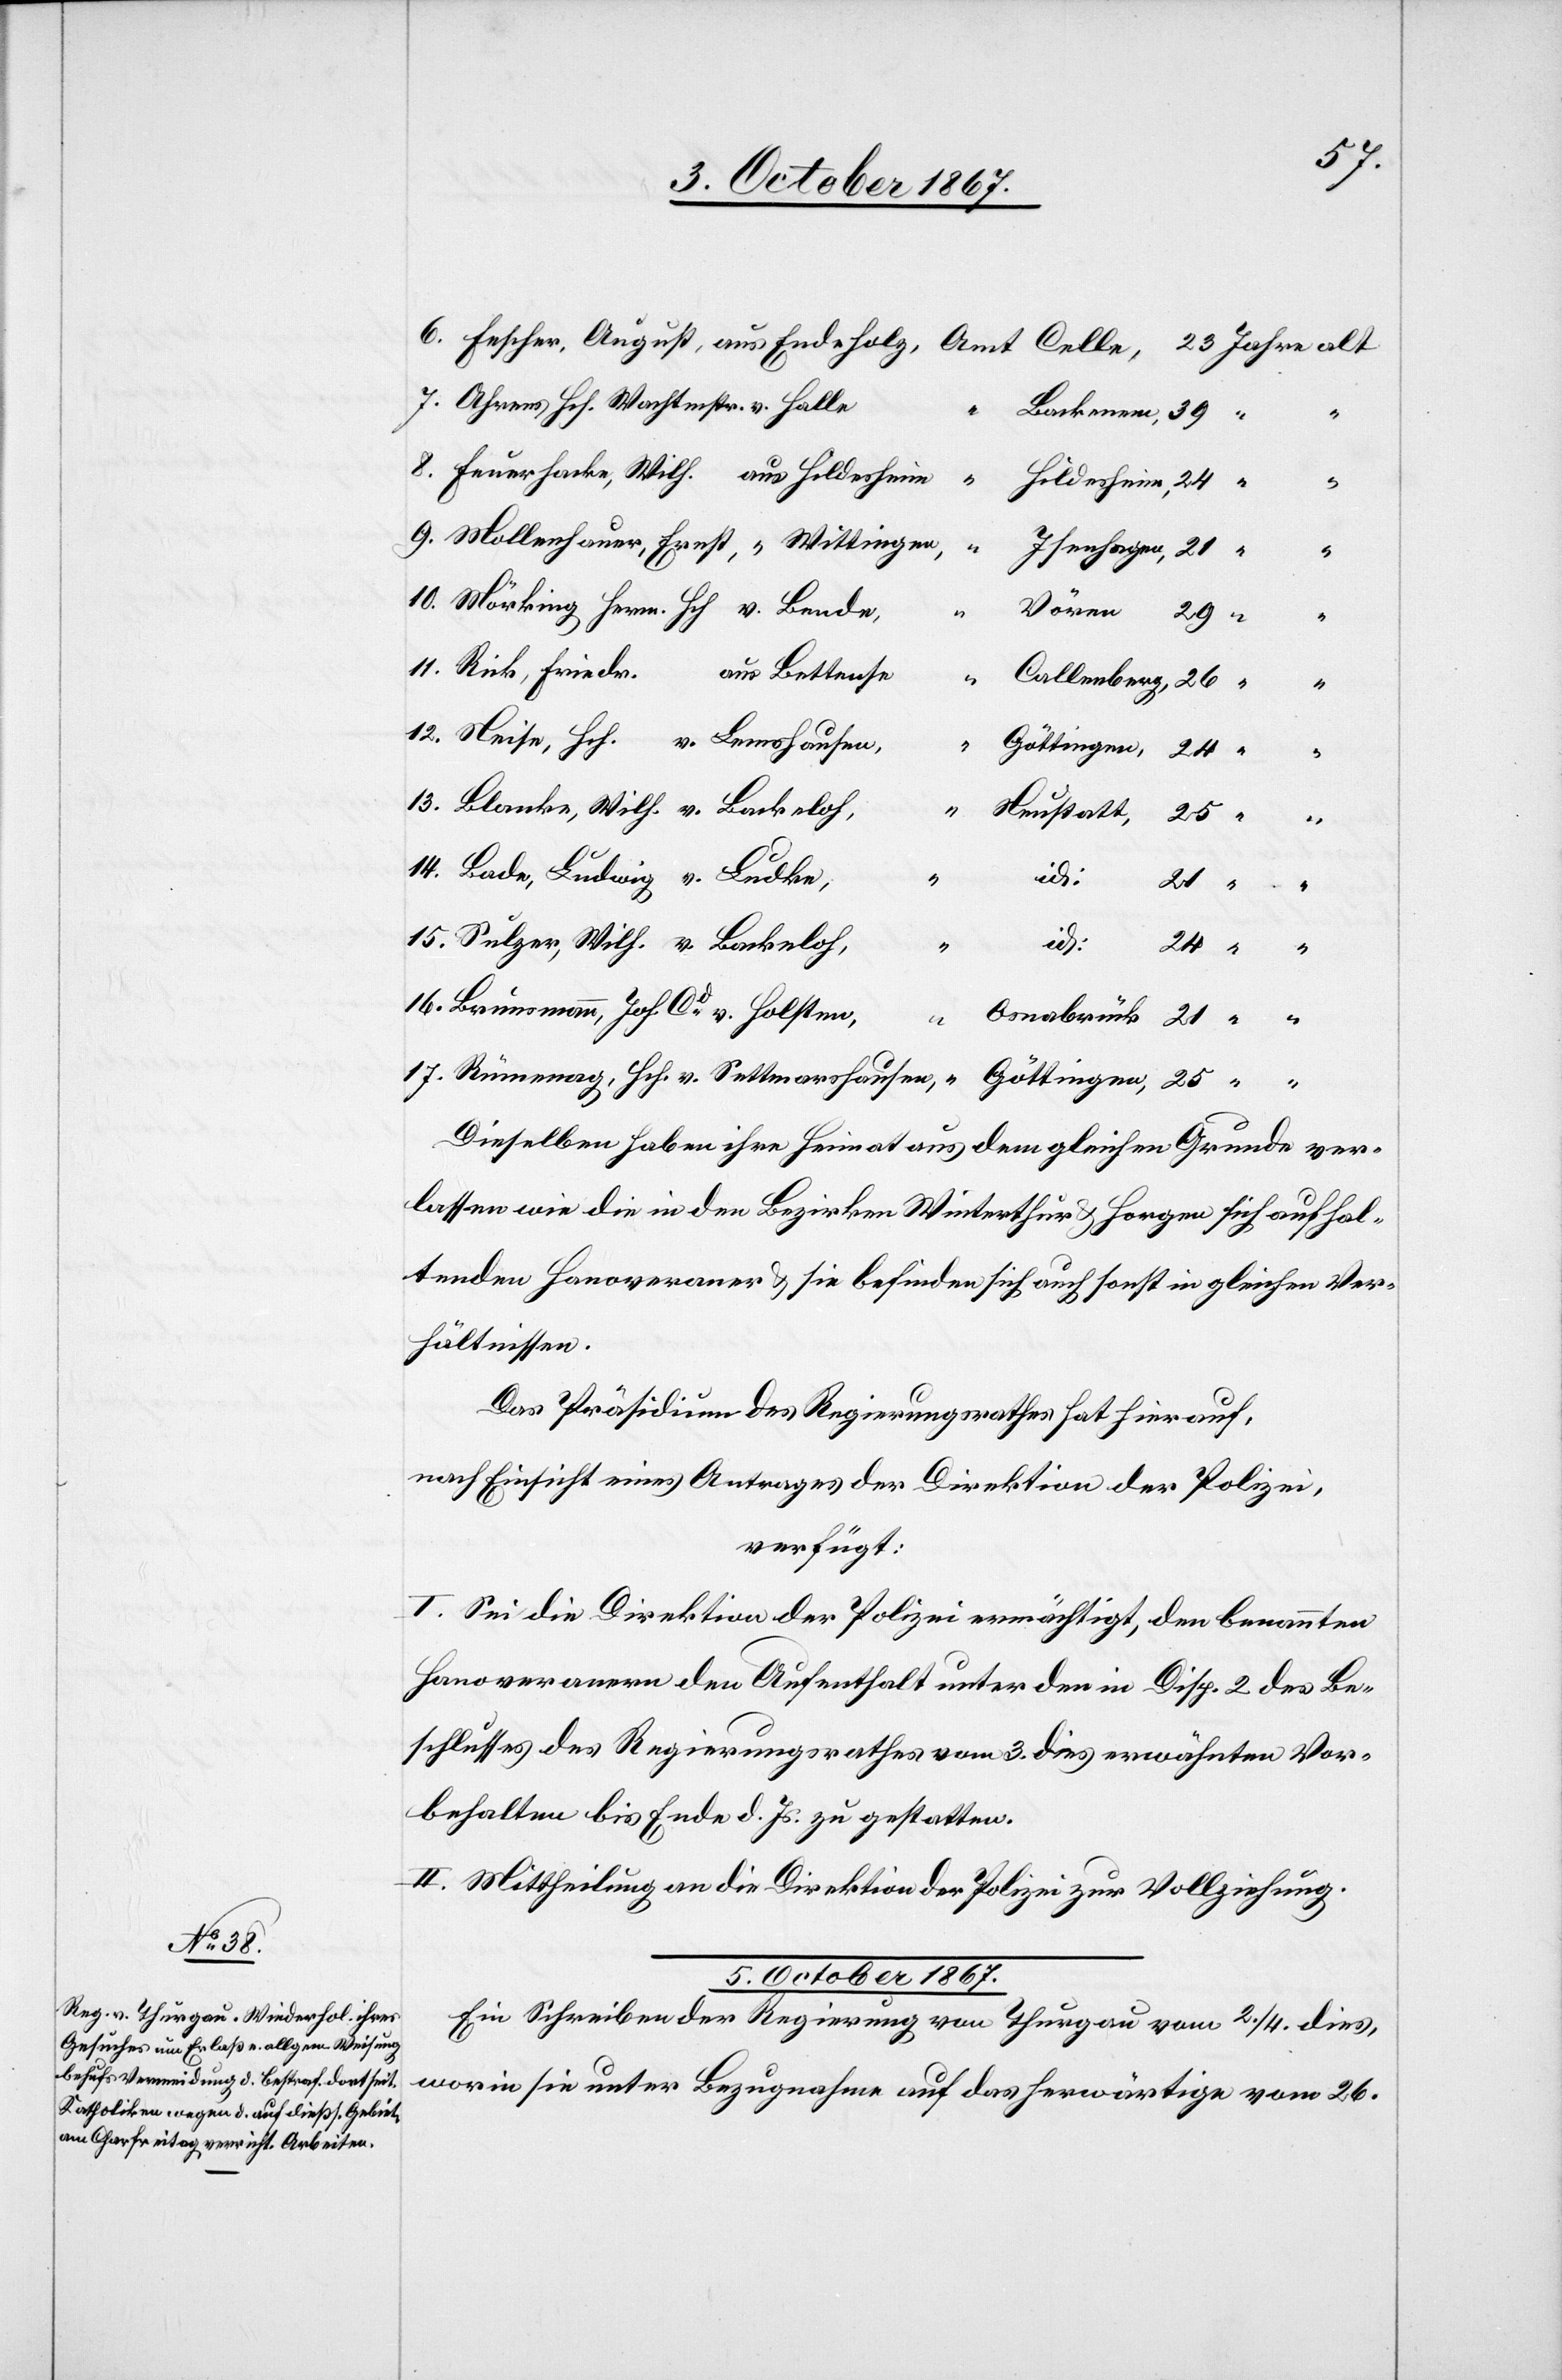
v.
24
25
17.
Dieselben haben ihre Heimat aus dem gleichen Grunde ver¬
lassen wie die in den Bezirken Winterthur u. Horgen sich aufhal¬
tenden Hanoveraner u. sie befinden sich auch sonst in gleichen Ver¬
hältnissen.
Das Präsidium des Regierungsrathes hat hierauf,
nach Einsicht eines Antrages der Direktion der Polizei,
verfügt:
I. Sei die Direktion der Polizei ermächtigt, den benannten
Hanoveranern den Aufenthalt unter den in Disp. 2 des Be¬
schlusses des Regierungsrathes vom 3. dies erwähnten Vor¬
behalten bis Ende d. Js. zu gestatten.
II. Mittheilung an die Direktion der Polizei zur Vollziehung.
5. October 1867.
Ein Schreiben der Regierung von Thurgau vom 2./4. dies,
worin sie unter Bezugnahme auf das herwärtige vom 26.